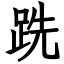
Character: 跣